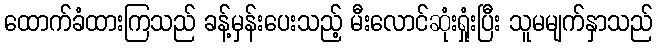
ထောက်ခံထားကြသည် ခန့်မှန်းပေးသည့် မီးလောင်ဆုံးရှုံးပြီး သူမမျက်နှာသည်